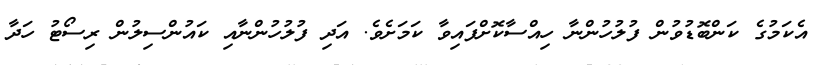
އެކަމުގެ ކަންބޮޑުވުން ފުލުހުންނާ ހިއްސާކޮށްފައިވާ ކަމަށެވެ. އަދި ފުލުހުންނާއި ކައުންސިލުން ރިސޯޓު ހަދާ